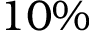
1 0 \%